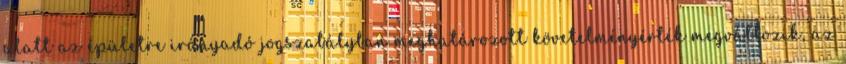
alatt az épületre irányadó jogszabályban meghatározott követelményérték megváltozik, az